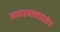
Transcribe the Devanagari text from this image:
आकारमानाइतकेच